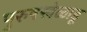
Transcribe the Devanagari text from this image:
पुरुषखेळाडू